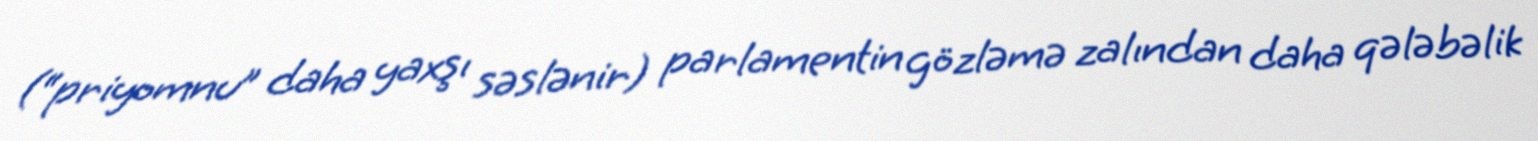
(“priyomnu” daha yaxşı səslənir) parlamentin gözləmə zalından daha qələbəlik